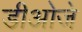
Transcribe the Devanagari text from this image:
डीओजे